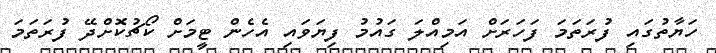
ހަޔާތުގައި ފުރަތަމަ ފަހަރަށް އަމިއްލަ ގައުމު ފިޔަވައި އެހެން ޓީމަށް ކޯޗުކޮށްދޭ ފުރަތަމަ